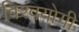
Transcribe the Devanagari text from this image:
विश्वयोगी